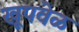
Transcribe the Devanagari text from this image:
खूपवेळ